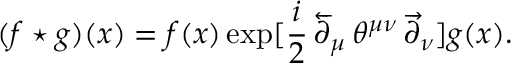
( f \star g ) ( x ) = f ( x ) \exp [ \frac { i } { 2 } \, \overleftarrow { \partial } _ { \mu } \, \theta ^ { \mu \nu } \, \overrightarrow { \partial } _ { \nu } ] g ( x ) .